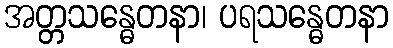
အတ္တသန္ဓေတနာ၊ ပရသန္ဓေတနာ